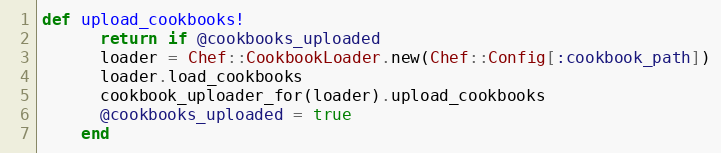
Language: Ruby
def upload_cookbooks!
      return if @cookbooks_uploaded
      loader = Chef::CookbookLoader.new(Chef::Config[:cookbook_path])
      loader.load_cookbooks
      cookbook_uploader_for(loader).upload_cookbooks
      @cookbooks_uploaded = true
    end